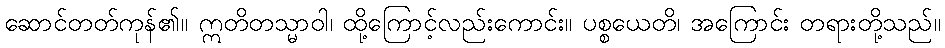
ဆောင်တတ်ကုန်၏။ ဣတိတသ္မာဝါ၊ ထို့ကြောင့်လည်းကောင်း။ ပစ္စယေတိ၊ အကြောင်း တရားတို့သည်။